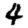
Digit: 4